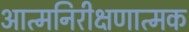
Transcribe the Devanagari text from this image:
आत्मनिरीक्षणात्मक